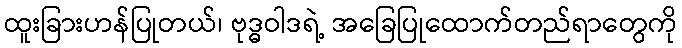
ထူးခြားဟန်ပြုတယ်၊ ဗုဒ္ဓဝါဒရဲ့ အခြေပြုထောက်တည်ရာတွေကို